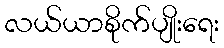
လယ်ယာစိုက်ပျိုးရေး